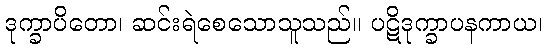
ဒုက္ခာပိတော၊ ဆင်းရဲစေသောသူသည်။ ပဋိဒုက္ခာပနကာယ၊